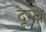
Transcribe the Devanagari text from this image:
दूग्ध